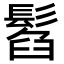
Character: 𩭥